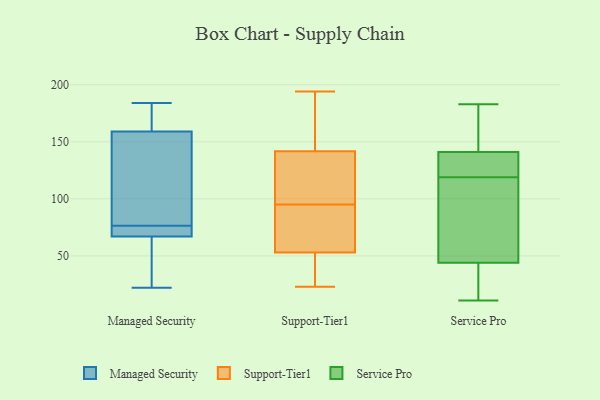
{"axis": {"x": "Latency (ms)", "y": "Value"}, "legend": ["Managed Security", "Service Pro", "Support-Tier1"], "data": [{"x": "", "y": 72, "type": "Managed Security"}, {"x": "", "y": 70, "type": "Managed Security"}, {"x": "", "y": 184, "type": "Managed Security"}, {"x": "", "y": 117, "type": "Managed Security"}, {"x": "", "y": 159, "type": "Managed Security"}, {"x": "", "y": 81, "type": "Managed Security"}, {"x": "", "y": 163, "type": "Managed Security"}, {"x": "", "y": 67, "type": "Managed Security"}, {"x": "", "y": 24, "type": "Managed Security"}, {"x": "", "y": 22, "type": "Managed Security"}, {"x": "", "y": 119, "type": "Support-Tier1"}, {"x": "", "y": 51, "type": "Support-Tier1"}, {"x": "", "y": 95, "type": "Support-Tier1"}, {"x": "", "y": 187, "type": "Support-Tier1"}, {"x": "", "y": 23, "type": "Support-Tier1"}, {"x": "", "y": 88, "type": "Support-Tier1"}, {"x": "", "y": 162, "type": "Support-Tier1"}, {"x": "", "y": 53, "type": "Support-Tier1"}, {"x": "", "y": 63, "type": "Support-Tier1"}, {"x": "", "y": 135, "type": "Support-Tier1"}, {"x": "", "y": 108, "type": "Support-Tier1"}, {"x": "", "y": 194, "type": "Support-Tier1"}, {"x": "", "y": 53, "type": "Support-Tier1"}, {"x": "", "y": 183, "type": "Service Pro"}, {"x": "", "y": 37, "type": "Service Pro"}, {"x": "", "y": 123, "type": "Service Pro"}, {"x": "", "y": 35, "type": "Service Pro"}, {"x": "", "y": 115, "type": "Service Pro"}, {"x": "", "y": 11, "type": "Service Pro"}, {"x": "", "y": 41, "type": "Service Pro"}, {"x": "", "y": 104, "type": "Service Pro"}, {"x": "", "y": 47, "type": "Service Pro"}, {"x": "", "y": 159, "type": "Service Pro"}, {"x": "", "y": 135, "type": "Service Pro"}, {"x": "", "y": 123, "type": "Service Pro"}, {"x": "", "y": 109, "type": "Service Pro"}, {"x": "", "y": 147, "type": "Service Pro"}, {"x": "", "y": 127, "type": "Service Pro"}, {"x": "", "y": 153, "type": "Service Pro"}]}